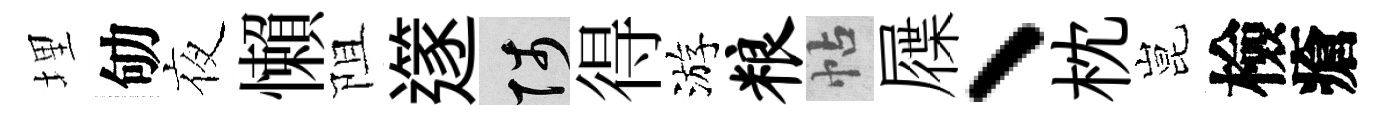
埋劬夜懶阻𨗹陟得游粮帖屧、枕昆檢瘡